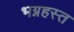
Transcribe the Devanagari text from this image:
भग्नहस्त